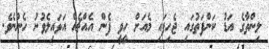
ލިންތާގެ އަޑު ކަންފަތުގައި ޖެހިފައި މެއަށް ހީވީ ފެން އެއްޗެއް އަޅައިލެވުނު ހެންނެވެ.